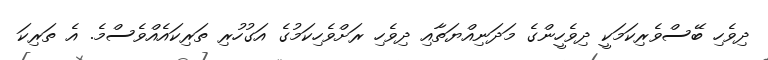
ދިވެހި ބޭސްވެރިކަމަކީ ދިވެހީންގެ މަދަނިއްޔަތާއި ދިވެހި ރަށްވެހިކަމުގެ އަގުހުރި ތަރިކައެއްވެސްމެ. އެ ތަރިކަ